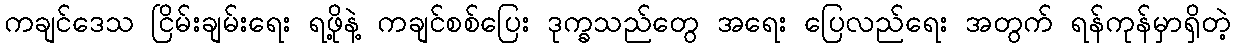
ကချင်ဒေသ ငြိမ်းချမ်းရေး ရဖို့နဲ့ ကချင်စစ်ပြေး ဒုက္ခသည်တွေ အရေး ပြေလည်ရေး အတွက် ရန်ကုန်မှာရှိတဲ့